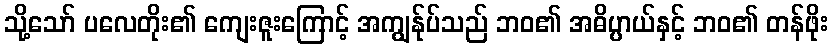
သို့သော် ပလေတိုး၏ ကျေးဇူးကြောင့် အကျွန်ုပ်သည် ဘဝ၏ အဓိပ္ပာယ်နှင့် ဘဝ၏ တန်ဖိုး